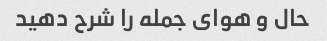
حال و هوای جمله را شرح دهید